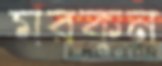
মরকুন